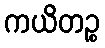
ကယိတဉ္စ